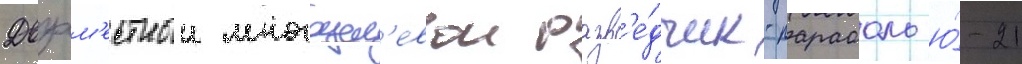
Двухм'естныи многоцел'евои разв'е́дчик-парасоль ю́-21